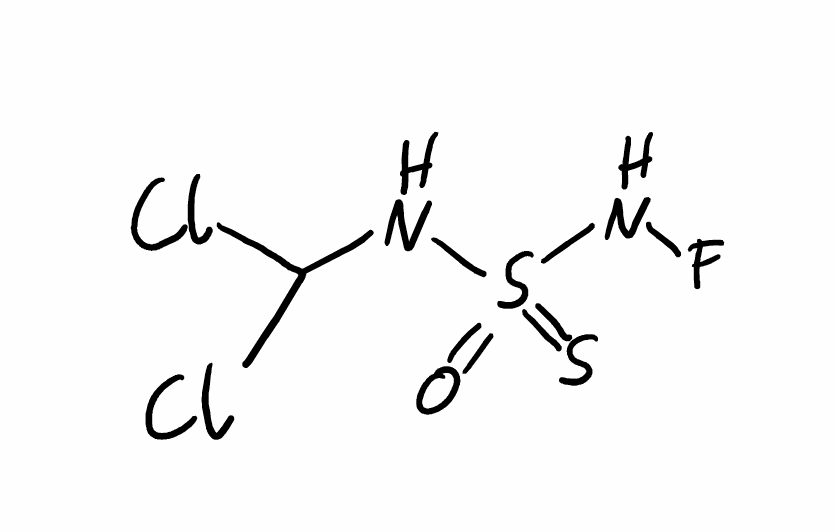
Simplified molecular-input line-entry system (SMILES) notation of the given molecule:
C(NS(=O)(=S)NF)(Cl)Cl